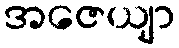
အဇေယျာ